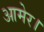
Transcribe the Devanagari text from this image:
आमेर।